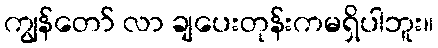
ကျွန်တော် လာ ချပေးတုန်းကမရှိပါဘူး။